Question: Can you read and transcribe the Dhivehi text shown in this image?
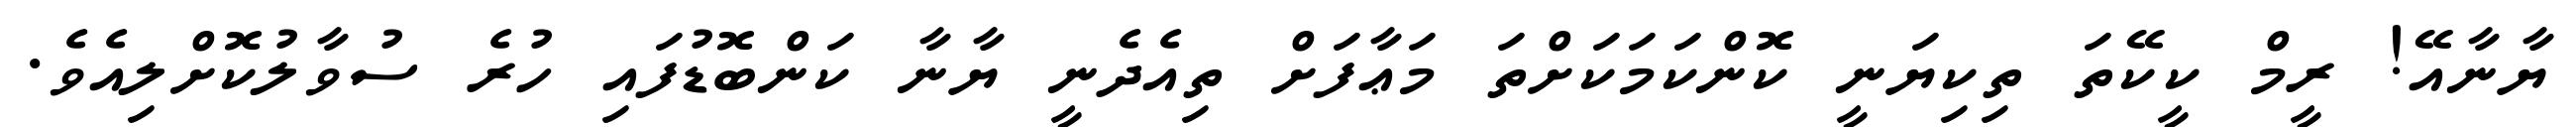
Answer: ޔާނާއޭ! ރީމް ކީކޭތަ ތިކިޔަނީ ކޮންކަމަކަށްތަ މަޢާފަށް ތިއެދެނީ ޔާނާ ކަންބޮޑުފައި ހުރެ ސުވާލުކޮށްލިއެވެ.